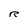
Character: R